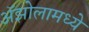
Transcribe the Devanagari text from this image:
ॲझोलामध्ये